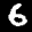
Label: 6